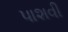
પાશવી